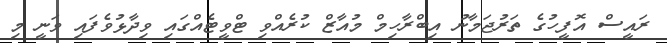
ރައީސް އޮފީހުގެ ތަރުޖަމާނު އިބްރާހިމް މުއާޒް ކުރެއްވި ޓްވީޓެއްގައި ވިދާޅުވެފައި ވަނީ މި